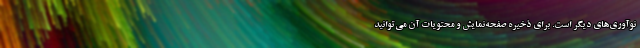
نوآوری‌های دیگر است. برای ذخیره صفحه‌نمایش و محتویات آن می‌توانید